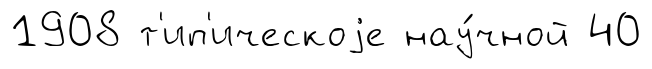
1908 т'ип'ическоjе нау́чной 40